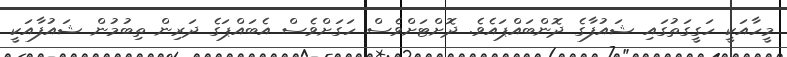
މީހާއަކީ ހަގީގަތުގައި ޝައުފާގެ ދޮންބައްޕައެވެ. ދޮށްޓަށްވެސް ހަގަށްވެސް އެބައްޕަގެ ދަރިން ތިބުމުން ޝައުފާއަކީ